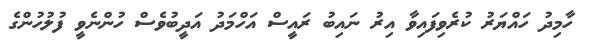
ހާމިދު ހައްޔަރު ކުރެވިފައިވާ އިރު ނައިބު ރައީސް އަހްމަދު އަދީބުވެސް ހުންނެވީ ފުލުހުންގެ